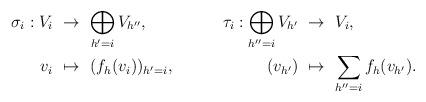
LaTeX: \begin{align*}\sigma_i : V_i & \,\,\to\,\, \bigoplus_{h'=i} V_{h''}, & {} \!\!\!\!\!\!\tau_i: \bigoplus_{h''=i}V_{h'} & \,\,\to\,\, V_i , \\v_i & \,\,\mapsto\,\, (f_h(v_i))_{h'=i}, & {} (v_{h'}) & \,\,\mapsto\,\, \sum_{h''=i} f_h(v_{h'}). \end{align*}